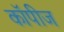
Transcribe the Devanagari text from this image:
कॉपीज